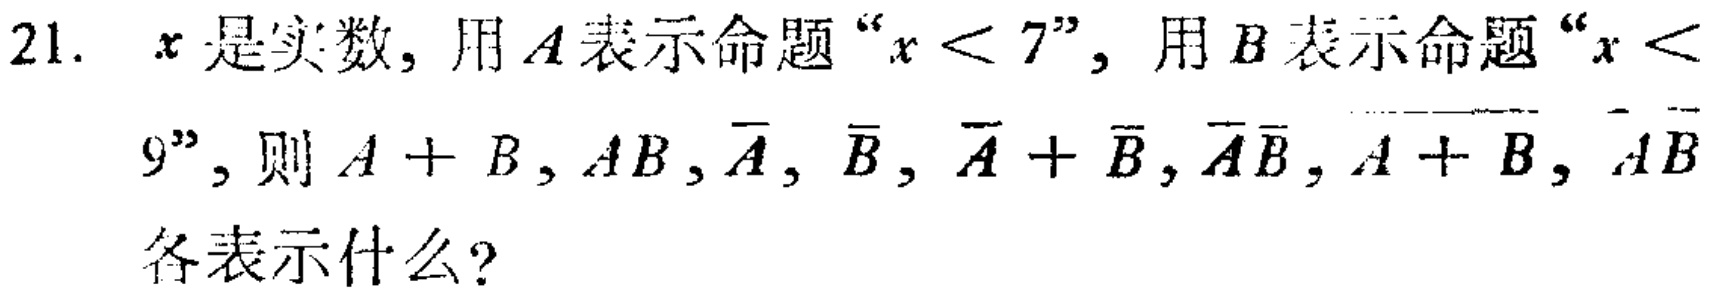
21. \(x\)是实数，用\(A\)表示命题“\(x < 7\)”，用\(B\)表示命题“\(x < 9\)”，则\(A + B\)，\(AB\)，\(\overline{A}\)，\(\overline{B}\)，\(\overline{A} + \overline{B}\)，\(\overline{A}\overline{B}\)，\(\overline{A + B}\)，\(\overline{AB}\)各表示什么？